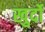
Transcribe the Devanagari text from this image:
खुर्दो